画像に写った文字を読んでください
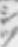
「シヅ」と書いてあります